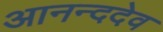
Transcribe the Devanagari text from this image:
आनन्ददेव